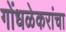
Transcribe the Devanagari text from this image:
गोंधळेकरांचा